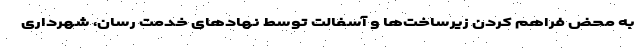
به محض فراهم کردن زیرساخت‌ها و آسفالت توسط نهادهای خدمت رسان، شهرداری